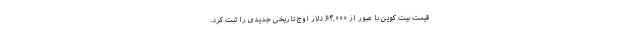
قیمت بیت کوین با عبور از ۶۴,۰۰۰ دلار اوج تاریخی جدیدی را ثبت کرد.